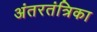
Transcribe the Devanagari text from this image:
अंतरतंत्रिका